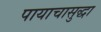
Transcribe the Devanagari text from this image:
पायाचासुद्धा